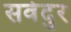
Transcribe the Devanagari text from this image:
सर्वदुर